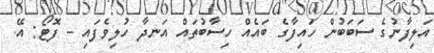
އަލިފާނުގެ ސަބަބުން ހައިފާގެ ބައެއް ހިސާބުތައް އަނދާ ހުލިވެފައި - ފޮޓޯ: އޭ.